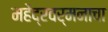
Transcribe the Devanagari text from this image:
महेंद्रवर्मनाचा